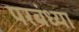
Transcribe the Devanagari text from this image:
परबंध्या